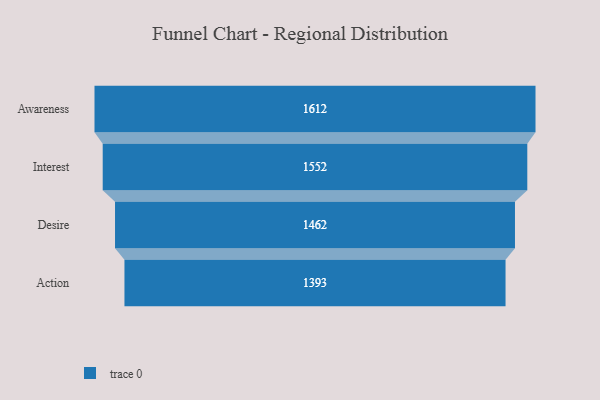
{"axis": {"x": "Stage", "y": "Value"}, "legend": [""], "data": [{"x": "Awareness", "y": 1612.0, "type": ""}, {"x": "Interest", "y": 1552.0, "type": ""}, {"x": "Desire", "y": 1462.0, "type": ""}, {"x": "Action", "y": 1393.0, "type": ""}]}